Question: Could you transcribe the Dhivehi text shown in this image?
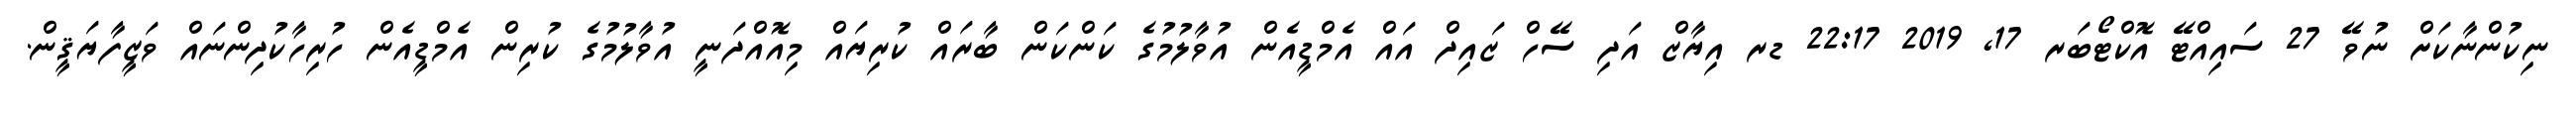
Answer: ނިކުންނާކަށް ނުވޭ 27 ސައިއްޓޭ އޮކްޓޯބަރ 17, 2019 22:17 ޑރ އިޔާޒް އަދި ސޭހް ޒައިދް އައް އެމްޑީއެން އުވާލުމުގެ ކަންކަން ބާރައް ކުރިޔައް މިއޮއްދަނީ އުވާލުމުގެ ކުރިން އެމްޑީއެން ހުރިހާކުދިންނައް ވަޒީފާޔަޤީން.